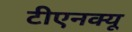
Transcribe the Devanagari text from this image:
टीएनक्यू